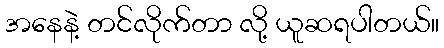
အနေနဲ့ တင်လိုက်တာ လို့ ယူဆရပါတယ်။